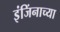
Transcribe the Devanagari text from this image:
इंजिंनाच्या